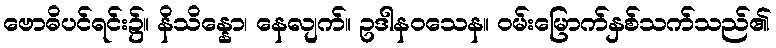
ဗောဓိပင်ရင်း၌။ နိသိန္နော၊ နေလျက်။ ဥဒါနဝသေန။ ဝမ်းမြောက်နှစ်သက်သည်၏